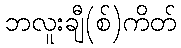
ဘလူးချီ(စ်)ကိတ်